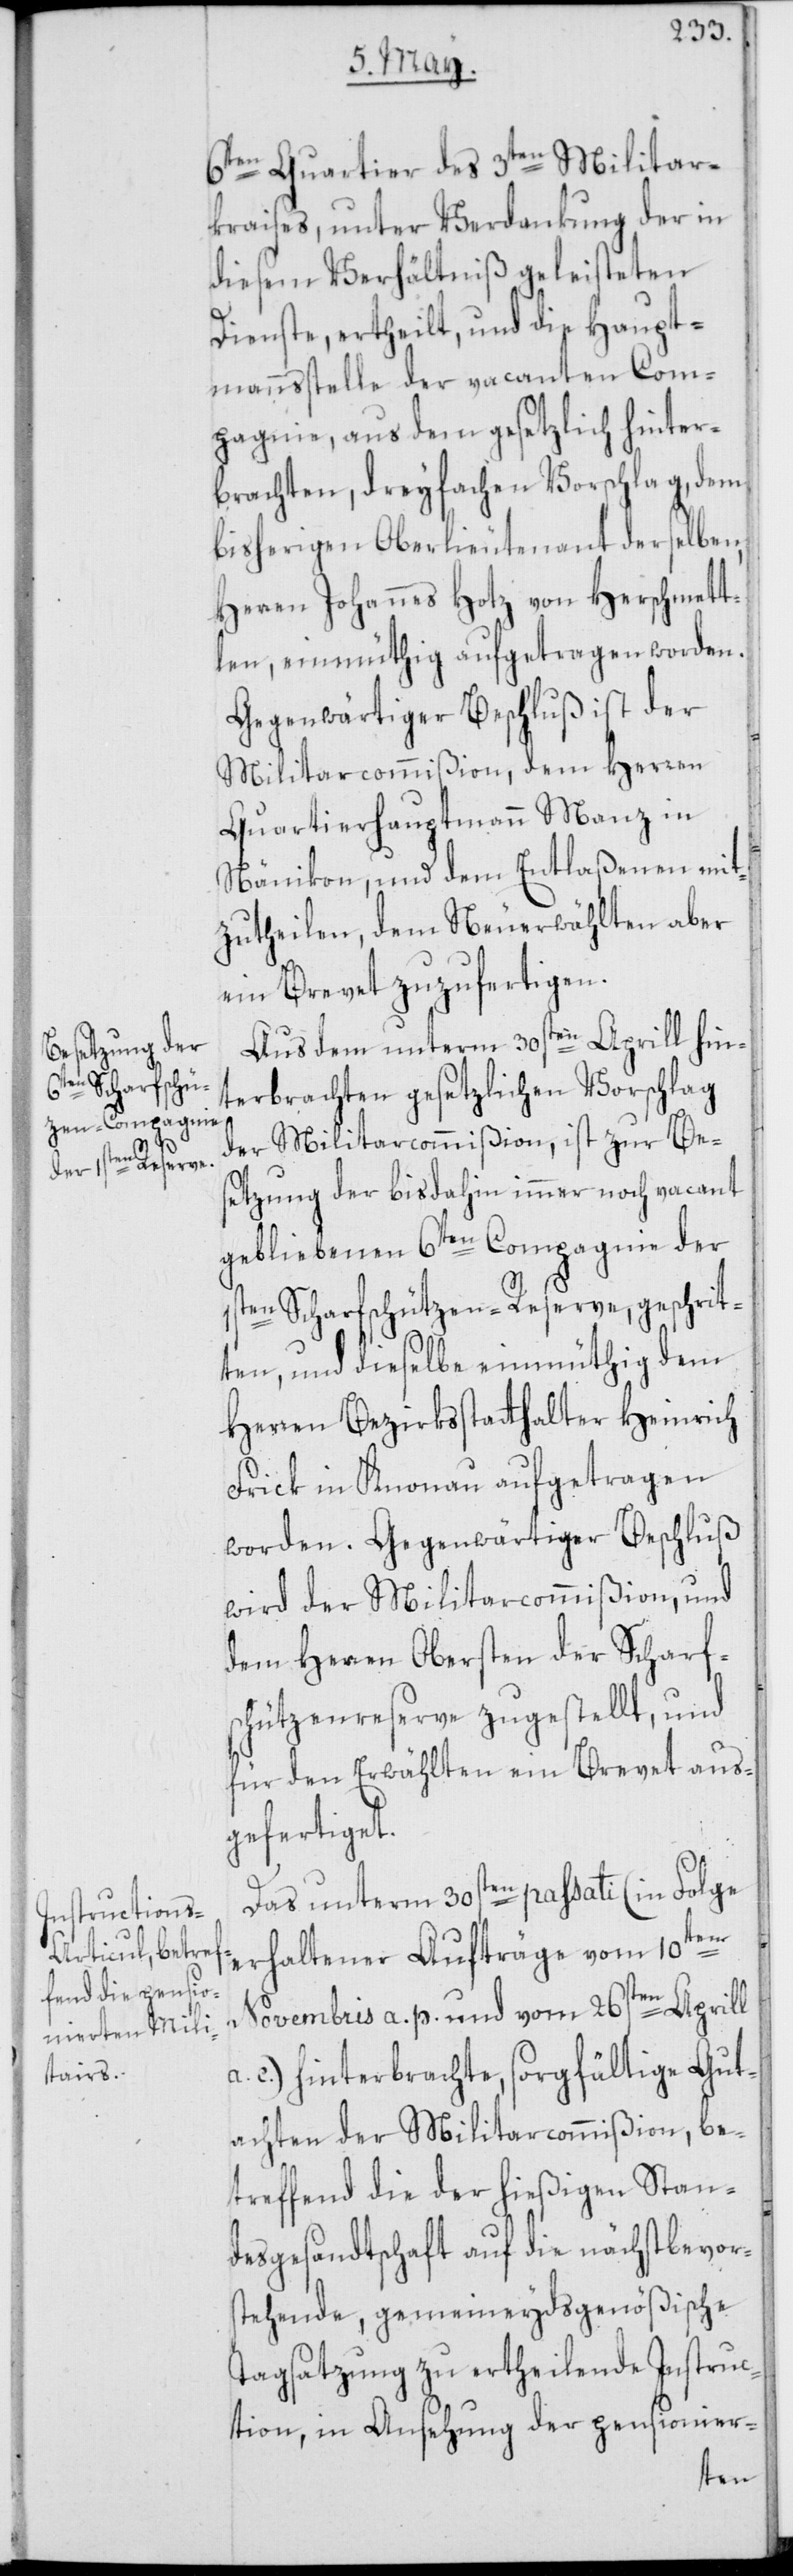
6ten Quartier des 3ten Militar¬
kraises, unter Verdankung der in
diesem Verhältniß geleisteten
Dienste, ertheilt, und die Haupt¬
mannsstelle der vacanten Com¬
pagnie, aus dem gesetzlich hinter¬
brachten, dreyfachen Vorschlag, dem
bisherigen Oberlieutenant derselben,
Herren Johannes Hotz von Herschmett¬
len, einmüthig aufgetragen worden.
Gegenwärtiger Beschluß ist der
Militarcommißion, dem Herren
Quartierhauptamm Manz in
Nänikon, und dem Entlaßenen mit¬
zutheilen, dem Neuerwählten aber
ein Brevet zuzufertigen.
Aus dem unterm 30sten Aprill hin¬
terbrachten gesetzlichen Vorschlag
der Militarcommißion, ist zur Be¬
setzung der bisdahin immer noch vacant
gebliebenen 6ten Compagnie der
ten Scharfschützen-Reserve, geschrit¬
ten, und dieselbe einmüthig dem
Herren Bezirksstatthalter Heinrich
Frick in Knonau aufgetragen
worden. Gegenwärtiger Beschluß
wird der Militarcommißion, und
dem Herren Obersten der Scharfs¬
chützenreserve zugestellt, und
für den Erwählten ein Brevet aus¬
gefertiget.
Das unterm 30sten passati (in Folge
erhaltener Aufträge vom 10ten
1s¬
Novembris a. p. und vom 26sten Aprill
c.) hinterbrachte, sorgfältige Gut¬
achten der Militarcommißion, be¬
treffend die der hießigen Stan¬
desgesandtschaft auf die nächstbevor¬
stehende, gemeineydsgenößische
Tagsatzung zu ertheilende Instruc¬
tion, in Ansehung der pensionier-